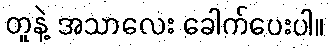
တူနဲ့ အသာလေး ခေါက်ပေးပါ။